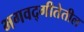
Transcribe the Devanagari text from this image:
भगवद्गीतेतील